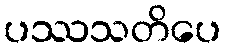
ပဿသတိပေ